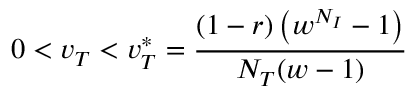
0 < v _ { T } < v _ { T } ^ { * } = \frac { ( 1 - r ) \left( w ^ { N _ { I } } - 1 \right) } { N _ { T } ( w - 1 ) }